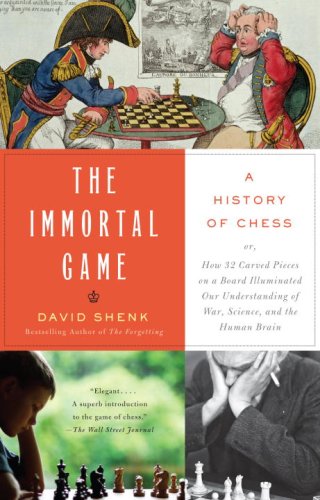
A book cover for The Immortal Game: A History of Chess; David Shenk; Humor & Entertainment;